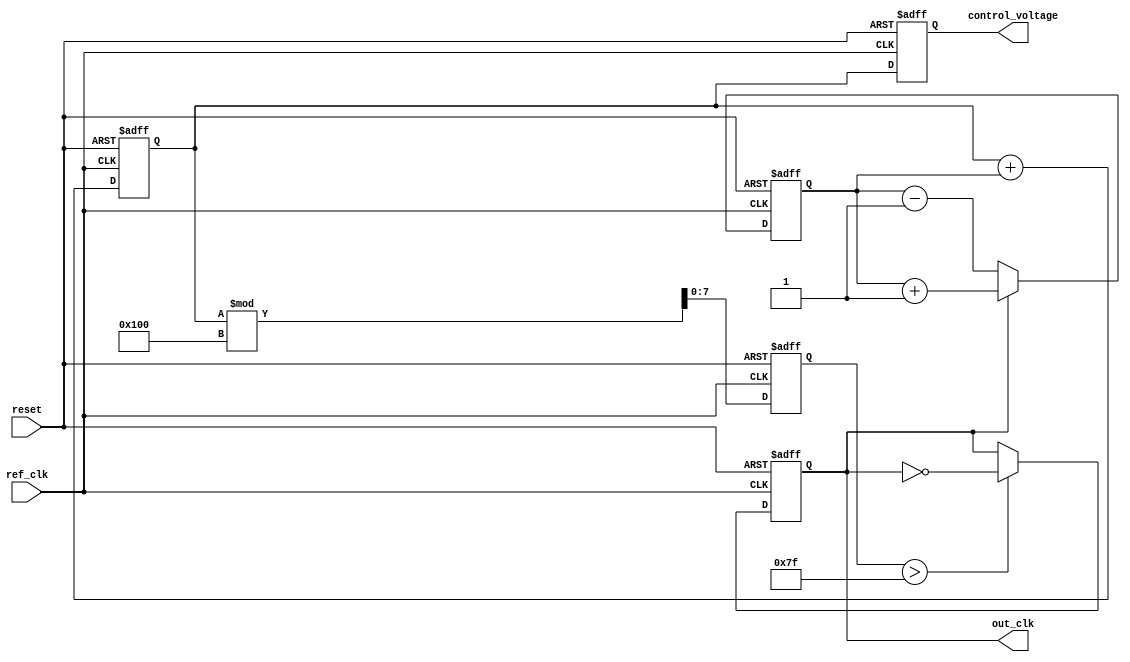
module memory_blocks_linear_pll (
    input wire ref_clk,          // Reference clock input
    input wire reset,           // Reset signal
    output reg out_clk,         // Output clock
    output reg [7:0] control_voltage // Control voltage for VCO
);

// Parameters
parameter PHASE_DETECTOR_WIDTH = 8;
parameter LOOP_FILTER_WIDTH = 8;
parameter VCO_MAX_FREQ = 255; // Max frequency for VCO
parameter VCO_MIN_FREQ = 0;    // Min frequency for VCO

// Internal signals
reg [PHASE_DETECTOR_WIDTH-1:0] phase_error; // Phase error signal
reg [LOOP_FILTER_WIDTH-1:0] loop_filter_output; // Output of the loop filter
reg [7:0] vco_frequency; // Current frequency of the VCO
reg [7:0] vco_output; // Output of the VCO

// Phase Detector
always @(posedge ref_clk or posedge reset) begin
    if (reset) begin
        phase_error <= 0;
    end else begin
        // Simple phase detection logic (leading/lagging detection)
        if (out_clk) begin
            phase_error <= phase_error + 1; // Increment if out_clk is leading
        end else begin
            phase_error <= phase_error - 1; // Decrement if out_clk is lagging
        end
    end
end

// Loop Filter (Simple Integrator)
always @(posedge ref_clk or posedge reset) begin
    if (reset) begin
        loop_filter_output <= 0;
    end else begin
        loop_filter_output <= loop_filter_output + phase_error; // Integrate phase error
    end
end

// Voltage-Controlled Oscillator (VCO)
always @(posedge ref_clk or posedge reset) begin
    if (reset) begin
        vco_frequency <= VCO_MIN_FREQ;
        out_clk <= 0;
    end else begin
        // Control VCO frequency based on loop filter output
        vco_frequency <= loop_filter_output[7:0] % (VCO_MAX_FREQ + 1);
        // Generate output clock based on VCO frequency
        out_clk <= (vco_frequency > (VCO_MAX_FREQ / 2)) ? ~out_clk : out_clk; // Simple toggle logic
    end
end

// Control Voltage Output (for external use)
always @(posedge ref_clk or posedge reset) begin
    if (reset) begin
        control_voltage <= 0;
    end else begin
        control_voltage <= loop_filter_output[7:0]; // Output control voltage
    end
end

endmodule